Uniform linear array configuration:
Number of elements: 32
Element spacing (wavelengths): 0.5
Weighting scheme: exponential
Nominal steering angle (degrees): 0
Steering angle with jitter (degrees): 0.6472
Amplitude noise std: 0.05
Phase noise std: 0.05

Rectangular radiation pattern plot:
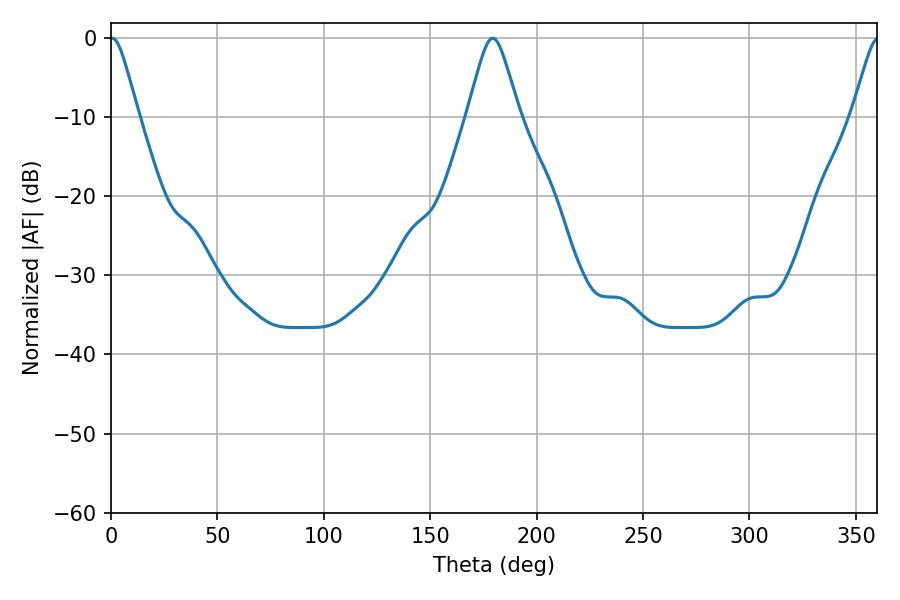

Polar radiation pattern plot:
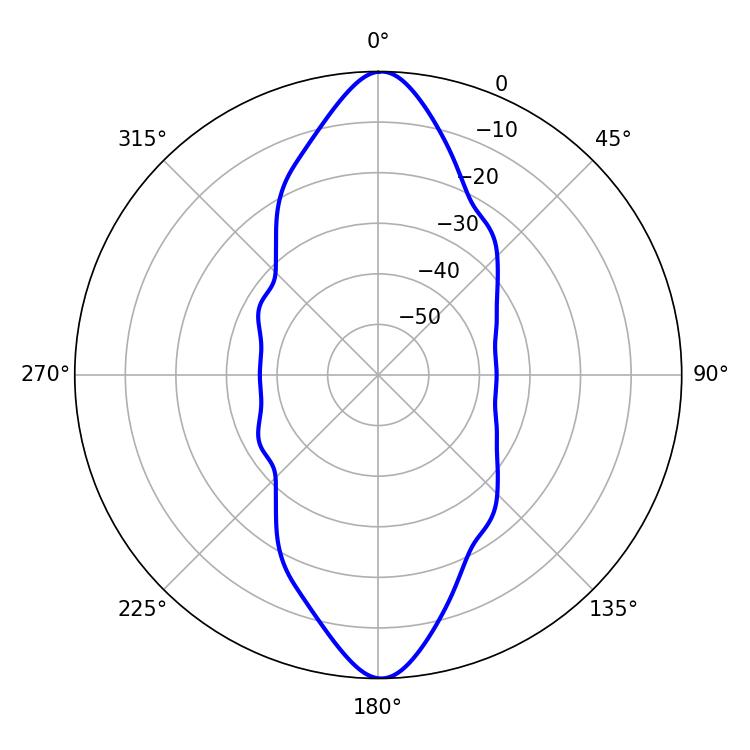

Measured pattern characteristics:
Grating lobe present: FALSE
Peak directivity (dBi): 28.934
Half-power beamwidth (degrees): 6.3
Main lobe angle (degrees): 0.54